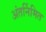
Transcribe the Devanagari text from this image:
अंतर्निमित